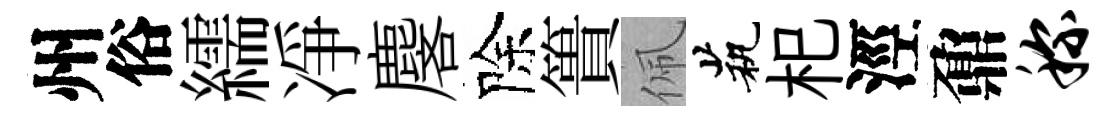
州俗繻凈麐除簣佩茕𣏌涇鼐称